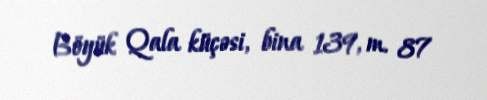
Böyük Qala küçəsi, bina 139, m. 87